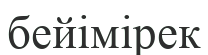
бейімірек